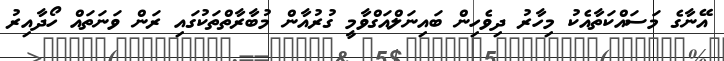
އޭނާގެ މަސައްކަތާއެކު މިހާރު ދިވެހިން ބައިނަލްއަގްވާމީ ގުރުއާން މުބާރާތްތަކުގައި ރަން ވަނަތައް ހޯދާއިރު